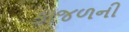
કાજળની